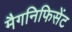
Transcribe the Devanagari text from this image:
मैगनिफिसेंट